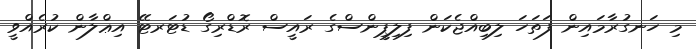
މި ހަނގުރާމައިން ފަތަހަ ލިބިއްޖެކަން ފިލިޕީންސްގެ ރައީސް ރޮޑްރިގޯ ޑުޓަރޓޭ އިޢްލާން ކުރެއްވީ